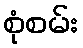
စုံစမ်း